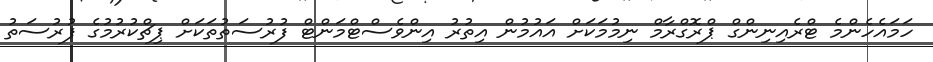
ހަމައެހެންމެ ޓްރެއިނިންގް ޕްރޮގްރާމް ނިމުމަކަށް އައުމުން އިތުރު އިންވެސްޓްމަންޓް ފުރުސަތުތަކަށް ޕިޗްކުރުމުގެ ފުރުސަތު